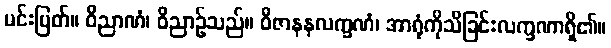
မင်းမြတ်။ ဝိညာဏံ၊ ဝိညာဉ်သည်။ ဝိဇာနနလက္ခဏံ၊ အာရုံကိုသိခြင်းလက္ခဏာရှိ၏။